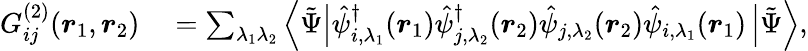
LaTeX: \begin{array}{rl}{G_{ij}^{(2)}(\boldsymbol{r}_{1},\boldsymbol{r}_{2})}&{{}=\sum_{\lambda_{1}\lambda_{2}}\left\langle\tilde{\Psi}\right|\hat{\psi}_{i,\lambda_{1}}^{\dagger}(\boldsymbol{r}_{1})\hat{\psi}_{j,\lambda_{2}}^{\dagger}(\boldsymbol{r}_{2})\hat{\psi}_{j,\lambda_{2}}(\boldsymbol{r}_{2})\hat{\psi}_{i,\lambda_{1}}(\boldsymbol{r}_{1})\left|\tilde{\Psi}\right\rangle,}\end{array}